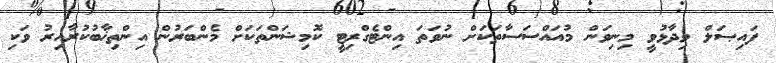
ފައިޞަލް ވިދާޅުވީ މިނިވަން މުއައްސަސާތަކަށް ނުވަތަ އިންޓެގްރިޓީ ކޮމިޝަންތަކަށް މެންބަރުން އިންތިޚާބުކުރާއިރު ވަކި